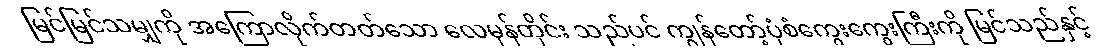
မြင်မြင်သမျှကို အကြောလိုက်တတ်သော လေမုန်တိုင်း သည်ပင် ကျွန်တော့်ပုံစံကွေးကွေးကြီးကို မြင်သည်နှင့်